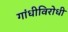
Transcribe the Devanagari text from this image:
गांधीविरोधी